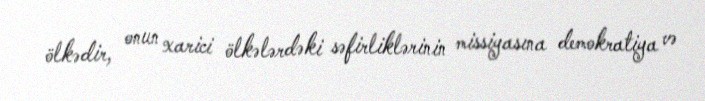
ölkədir, onun xarici ölkələrdəki səfirliklərinin missiyasına demokratiya və